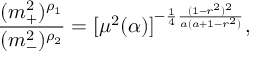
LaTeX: { \frac { ( m _ { + } ^ { 2 } ) ^ { \rho _ { 1 } } } { ( m _ { - } ^ { 2 } ) ^ { \rho _ { 2 } } } } = [ \mu ^ { 2 } ( \alpha ) ] ^ { - { \frac { 1 } { 4 } } { \frac { ( 1 - r ^ { 2 } ) ^ { 2 } } { a ( a + 1 - r ^ { 2 } ) } } } ,